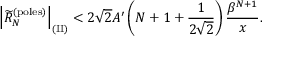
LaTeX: \left| \widetilde R _ { N } ^ { \mathrm { ( p o l e s ) } } \right| _ { \mathrm { ( I I ) } } < 2 \sqrt { 2 } A ^ { \prime } \left( N + 1 + { \frac { 1 } { 2 \sqrt { 2 } } } \right) { \frac { \beta ^ { N + 1 } } { x } } .